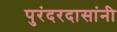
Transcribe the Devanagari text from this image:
पुरंदरदासांनी